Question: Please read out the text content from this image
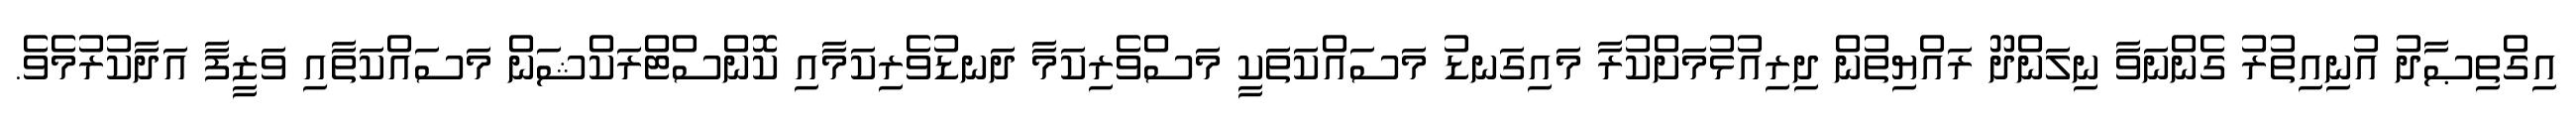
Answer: އިގްތިޞާދު އުނިއިތުރު ގެންނަވާ ނިލަންދޫ ރައްޔިތުން ދިރިއުޅުމަށްކުރާ މައިގަނޑު މަސައްކަތަކީ މަސްވެރިކަމާ ދަނޑުވެރިކަމާއި ކޮންސްޓްރަކްޝަން މަސައްކަތާއި ވަޒީފާ އަދާކުރުމެވެ.